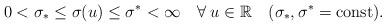
LaTeX: \begin{align*} 0<\sigma_*\le\sigma(u)\le\sigma^*<\infty\quad\forall\; u\in\mathbb{R}\quad(\sigma_*,\sigma^*=\mathrm{const}).\end{align*}